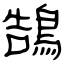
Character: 鵠